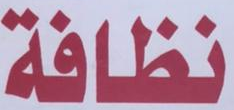
نظافة